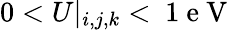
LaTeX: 0<U|_{i,j,k}<\mathrm{~1~e~V~}